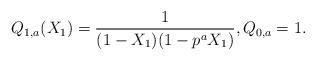
LaTeX: \begin{align*} Q_{1,a}(X_1)=\frac{1}{(1-X_1)(1-p^aX_1)}, Q_{0,a}=1.\end{align*}